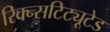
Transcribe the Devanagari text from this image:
रिक्न्सटिट्यूटेड